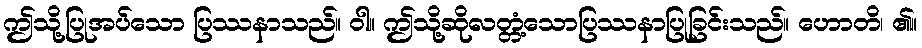
ဤသို့ပြုအပ်သော ပြဿနာသည်။ ဝါ။ ဤသို့ဆိုလတ္တံ့သောပြဿနာပြုခြင်းသည်။ ဟောတိ၊ ၏။